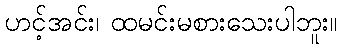
ဟင့်အင်း၊ ထမင်းမစားသေးပါဘူး။